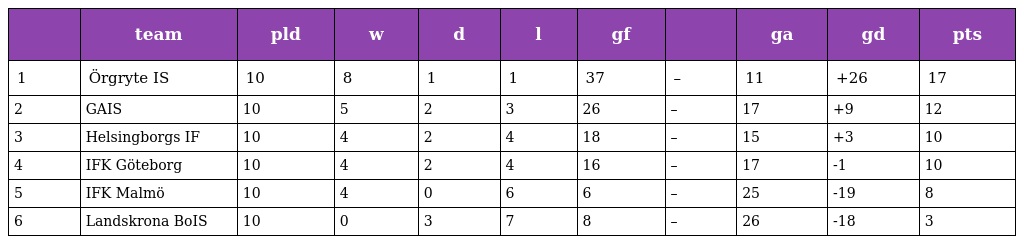
|  | team | pld | w | d | l | gf |  | ga | gd | pts |
 | --- | --- | --- | --- | --- | --- | --- | --- | --- | --- | --- |
 | 1 | Örgryte IS | 10 | 8 | 1 | 1 | 37 | – | 11 | +26 | 17 |
 | 2 | GAIS | 10 | 5 | 2 | 3 | 26 | – | 17 | +9 | 12 |
 | 3 | Helsingborgs IF | 10 | 4 | 2 | 4 | 18 | – | 15 | +3 | 10 |
 | 4 | IFK Göteborg | 10 | 4 | 2 | 4 | 16 | – | 17 | -1 | 10 |
 | 5 | IFK Malmö | 10 | 4 | 0 | 6 | 6 | – | 25 | -19 | 8 |
 | 6 | Landskrona BoIS | 10 | 0 | 3 | 7 | 8 | – | 26 | -18 | 3 |